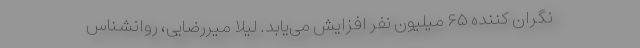
نگران کننده ۶۵ میلیون نفر افزایش می‌یابد. لیلا میررضایی، روانشناس